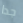
جدا